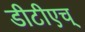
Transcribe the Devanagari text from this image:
डीटीएच्‌